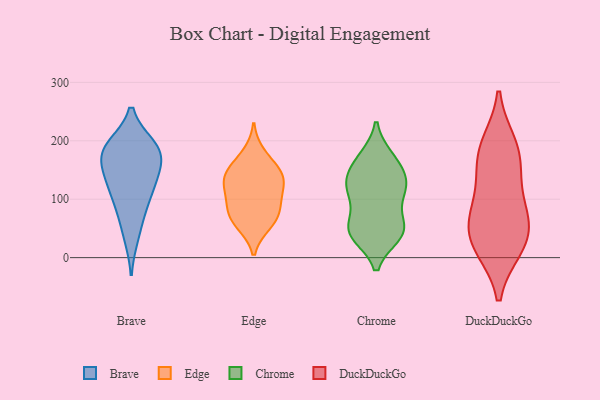
{"axis": {"x": "Population (Million)", "y": "Value"}, "legend": ["Brave", "Chrome", "DuckDuckGo", "Edge"], "data": [{"x": "", "y": 186, "type": "Brave"}, {"x": "", "y": 182, "type": "Brave"}, {"x": "", "y": 137, "type": "Brave"}, {"x": "", "y": 37, "type": "Brave"}, {"x": "", "y": 78, "type": "Brave"}, {"x": "", "y": 174, "type": "Brave"}, {"x": "", "y": 99, "type": "Brave"}, {"x": "", "y": 125, "type": "Brave"}, {"x": "", "y": 183, "type": "Brave"}, {"x": "", "y": 138, "type": "Brave"}, {"x": "", "y": 190, "type": "Brave"}, {"x": "", "y": 59, "type": "Edge"}, {"x": "", "y": 140, "type": "Edge"}, {"x": "", "y": 130, "type": "Edge"}, {"x": "", "y": 72, "type": "Edge"}, {"x": "", "y": 92, "type": "Edge"}, {"x": "", "y": 179, "type": "Edge"}, {"x": "", "y": 87, "type": "Edge"}, {"x": "", "y": 153, "type": "Edge"}, {"x": "", "y": 109, "type": "Edge"}, {"x": "", "y": 126, "type": "Edge"}, {"x": "", "y": 56, "type": "Edge"}, {"x": "", "y": 146, "type": "Edge"}, {"x": "", "y": 130, "type": "Chrome"}, {"x": "", "y": 170, "type": "Chrome"}, {"x": "", "y": 44, "type": "Chrome"}, {"x": "", "y": 39, "type": "Chrome"}, {"x": "", "y": 124, "type": "Chrome"}, {"x": "", "y": 157, "type": "Chrome"}, {"x": "", "y": 102, "type": "Chrome"}, {"x": "", "y": 48, "type": "Chrome"}, {"x": "", "y": 171, "type": "Chrome"}, {"x": "", "y": 106, "type": "Chrome"}, {"x": "", "y": 43, "type": "Chrome"}, {"x": "", "y": 56, "type": "Chrome"}, {"x": "", "y": 120, "type": "Chrome"}, {"x": "", "y": 135, "type": "Chrome"}, {"x": "", "y": 46, "type": "Chrome"}, {"x": "", "y": 163, "type": "DuckDuckGo"}, {"x": "", "y": 132, "type": "DuckDuckGo"}, {"x": "", "y": 73, "type": "DuckDuckGo"}, {"x": "", "y": 60, "type": "DuckDuckGo"}, {"x": "", "y": 79, "type": "DuckDuckGo"}, {"x": "", "y": 193, "type": "DuckDuckGo"}, {"x": "", "y": 19, "type": "DuckDuckGo"}, {"x": "", "y": 18, "type": "DuckDuckGo"}, {"x": "", "y": 29, "type": "DuckDuckGo"}, {"x": "", "y": 186, "type": "DuckDuckGo"}]}